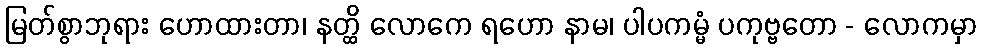
မြတ်စွာဘုရား ဟောထားတာ၊ နတ္ထိ လောကေ ရဟော နာမ၊ ပါပကမ္မံ ပကုဗ္ဗတော - လောကမှာ